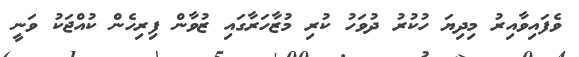
ވެފައިވާއިރު މިދިޔަ ހުކުރު ދުވަހު ކުރި މުޒާހަރާގައި ޒުވާން ފިރިހެން ކުއްޖަކު ވަނީ